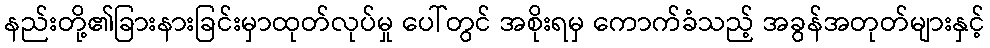
နည်းတို့၏ခြားနားခြင်းမှာထုတ်လုပ်မှု ပေါ်တွင် အစိုးရမှ ကောက်ခံသည့် အခွန်အတုတ်များနှင့်